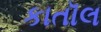
કાતૉલ